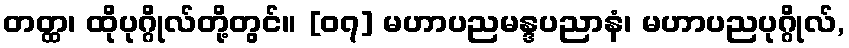
တတ္ထ၊ ထိုပုဂ္ဂိုလ်တို့တွင်။ [၀၇] မဟာပညမန္ဒပညာနံ၊ မဟာပညပုဂ္ဂိုလ်,